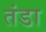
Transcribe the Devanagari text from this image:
तंडा